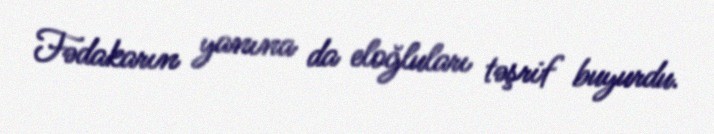
Fədakarın yanına da eloğluları təşrif buyurdu.